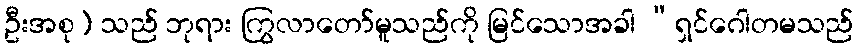
ဦးအစု) သည် ဘုရား ကြွလာတော်မူသည်ကို မြင်သောအခါ “ရှင်ဂေါတမသည်